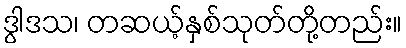
ဒွါဒသ၊ တဆယ့်နှစ်သုတ်တို့တည်း။